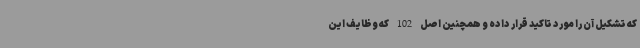
که تشکیل آن را مورد تاکید قرار داده و همچنین اصل 102 که وظایف این